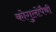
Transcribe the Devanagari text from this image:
कोगुलोपैथी